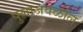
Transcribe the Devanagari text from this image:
पुलाजवळील